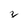
Character: z